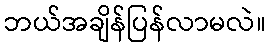
ဘယ်အချိန်ပြန်လာမလဲ။